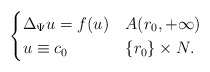
\begin{align*}\begin{cases} \Delta_\Psi u = f (u) & A(r_{0},+\infty) \\ u \equiv c_{0} & \{ r_{0} \}\times N.\end{cases}\end{align*}